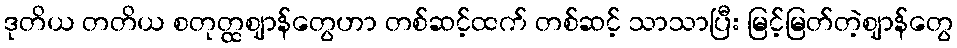
ဒုတိယ တတိယ စတုတ္ထဈာန်တွေဟာ တစ်ဆင့်ထက် တစ်ဆင့် သာသာပြီး မြင့်မြတ်တဲ့ဈာန်တွေ